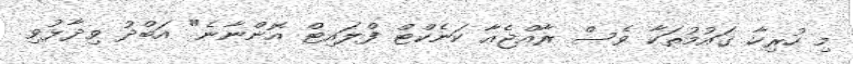
މި ހުރިހާ ގައުމުތަކާ ވެސް ރާއްޖެއާ ކަނެކްޓް ފްލައިޓް އޮންނާނެ" އަބްދު ވިދާޅުވި